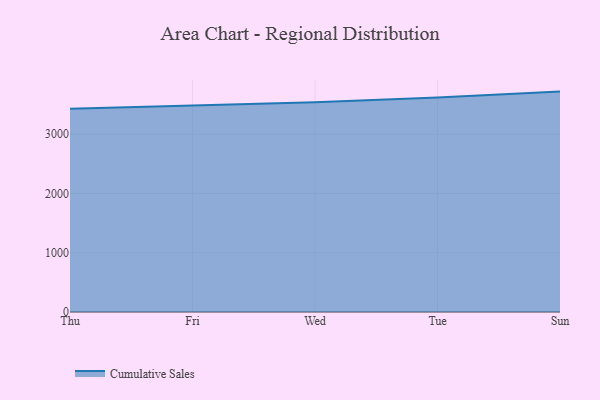
{"axis": {"x": "Day", "y": "Gross Profit (USD K)"}, "legend": ["Cumulative Sales"], "data": [{"x": "Thu", "y": 3430.0, "type": "Cumulative Sales"}, {"x": "Fri", "y": 3478.7, "type": "Cumulative Sales"}, {"x": "Wed", "y": 3538.9, "type": "Cumulative Sales"}, {"x": "Tue", "y": 3620.8, "type": "Cumulative Sales"}, {"x": "Sun", "y": 3720.0, "type": "Cumulative Sales"}]}